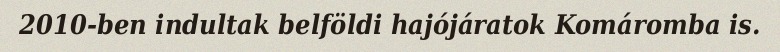
2010-ben indultak belföldi hajójáratok Komáromba is.